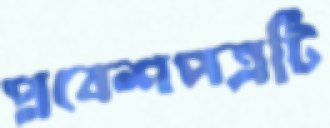
প্রবেশপত্রটি